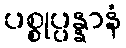
ပစ္စုပ္ပန္နာနံ